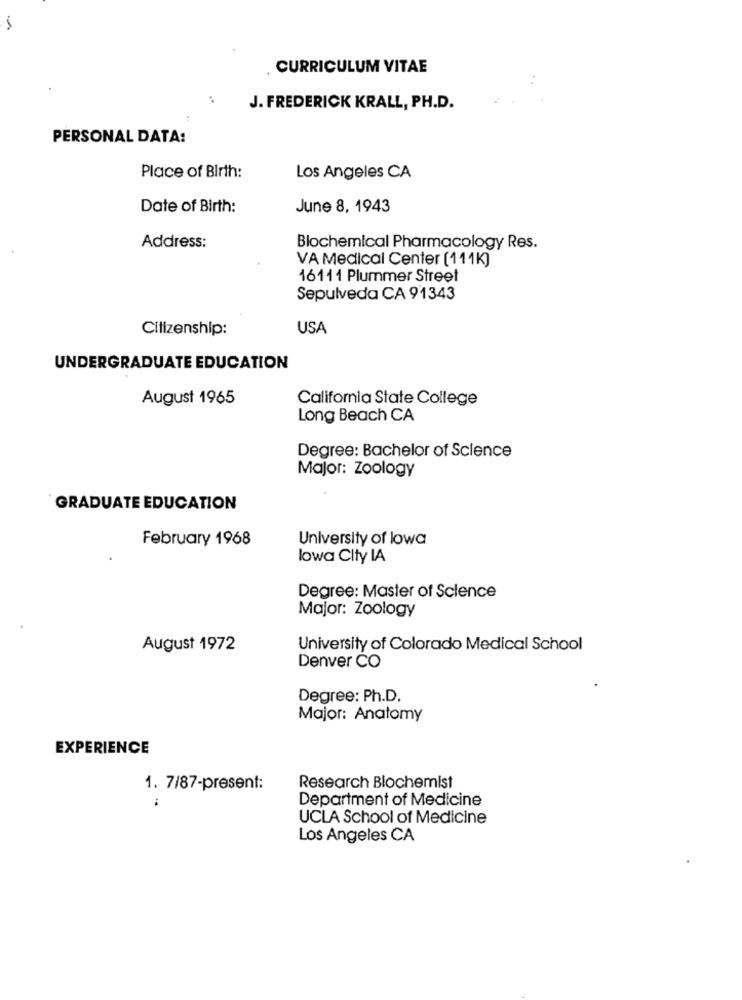
-
CURRICULUM VITAE
J. FREDERICK KRALL, PH.D.
PERSONAL DATA:
Place of Birth:
Los Angeles CA
Date of Birth:
June 8, 1943
Address:
Biochemical Pharmacology Res.
VA Medical Center (111K)
16111 Plummer Street
Sepulveda CA 91343
Citizenship:
USA
UNDERGRADUATE EDUCATION
August 1965
California State College
Long Beach CA
Degree: Bachelor of Science
Major: Zoology
GRADUATE EDUCATION
February 1968
University of lowa
lowa City IA
Degree: Master of Science
Major: Zoology
August 1972
University of Colorado Medical School
Denver CO
Degree: Ph.D.
Major: Anatomy
EXPERIENCE
1. 7/87-present:
Research Blochemist
Department of Medicine
UCLA School of Medicine
Los Angeles CA